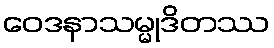
ဝေဒနာသမ္မုဒိတဿ